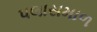
પલાસમાળ